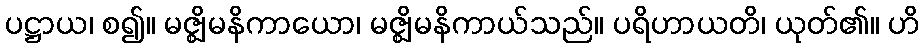
ပဋ္ဌာယ၊ စ၍။ မဇ္ဈိမနိကာယော၊ မဇ္ဈိမနိကာယ်သည်။ ပရိဟာယတိ၊ ယုတ်၏။ ဟိ